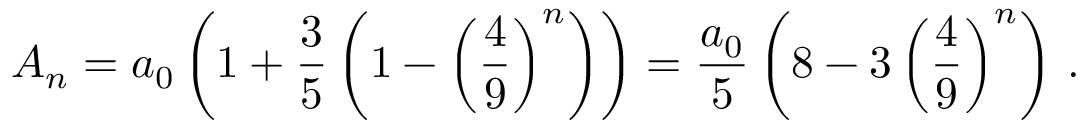
A _ { n } = a _ { 0 } \left( 1 + { \frac { 3 } { 5 } } \left( 1 - \left( { \frac { 4 } { 9 } } \right) ^ { n } \right) \right) = { \frac { a _ { 0 } } { 5 } } \left( 8 - 3 \left( { \frac { 4 } { 9 } } \right) ^ { n } \right) \, .